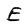
Character: E